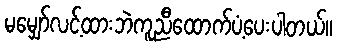
မမျှော်လင့်ထားဘဲကူညီထောက်ပံ့ပေးပါတယ်။